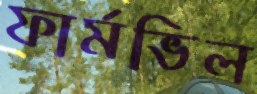
ফার্মভিল